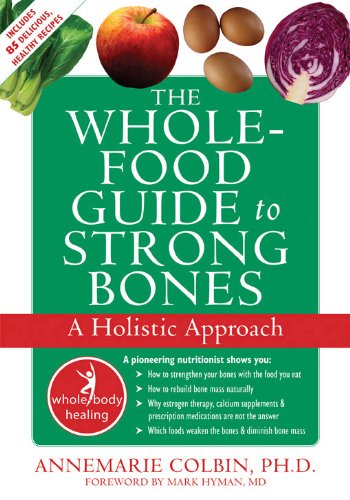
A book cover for The Whole-Food Guide to Strong Bones: A Holistic Approach (The New Harbinger Whole-Body Healing Series); Annemarie Colbin; Cookbooks, Food & Wine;